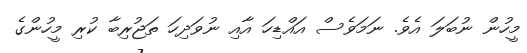
މީހުން ނުބަލަ އެވެ. ނަމަވެސް އައްޑިހަ އާއި ނުވަދިހަ ތަޖުރިބާ ކުރި މީހުންގެ